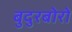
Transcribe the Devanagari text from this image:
बुदुरबोरो